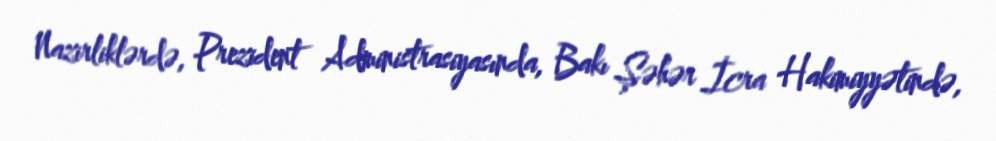
Nazirliklərdə, Prezident Administrasiyasında, Bakı Şəhər İcra Hakimiyyətində,